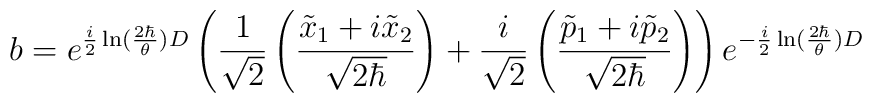
b=e^{\frac{i}{2}\ln(\frac{2\hbar}{\theta})D}\left(\frac{1}{\sqrt{2}}\left(\frac{\tilde{x}_1+i\tilde{x}_2}{\sqrt{2\hbar}}\right)+\frac{i}{\sqrt{2}}\left(\frac{\tilde{p}_1+i\tilde{p}_2}{\sqrt{2\hbar}}\right)\right)e^{-\frac{i}{2}\ln(\frac{2\hbar}{\theta})D}